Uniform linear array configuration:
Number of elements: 32
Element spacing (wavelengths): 0.5
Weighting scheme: kaiser
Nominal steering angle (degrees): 15
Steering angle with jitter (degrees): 13.424
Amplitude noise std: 0.05
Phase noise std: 0.05

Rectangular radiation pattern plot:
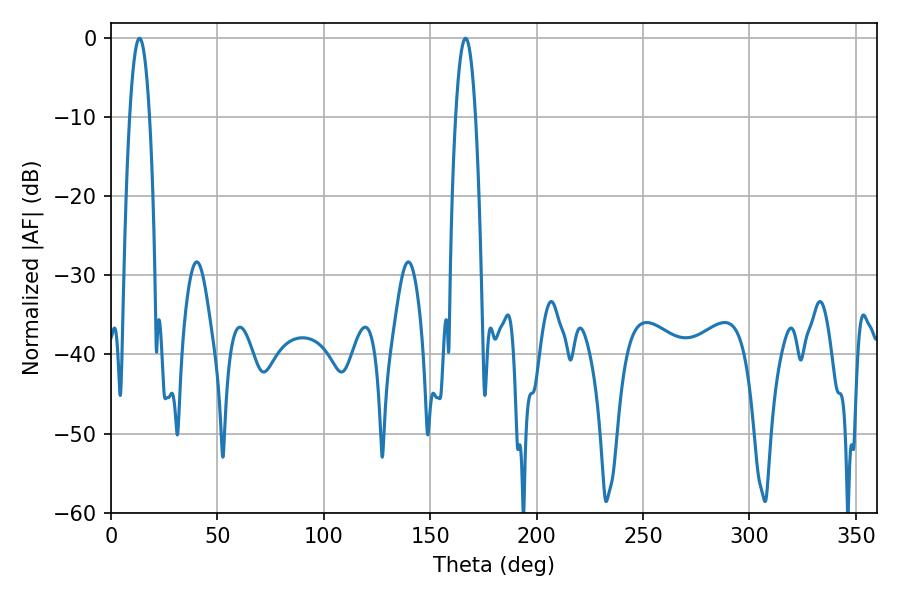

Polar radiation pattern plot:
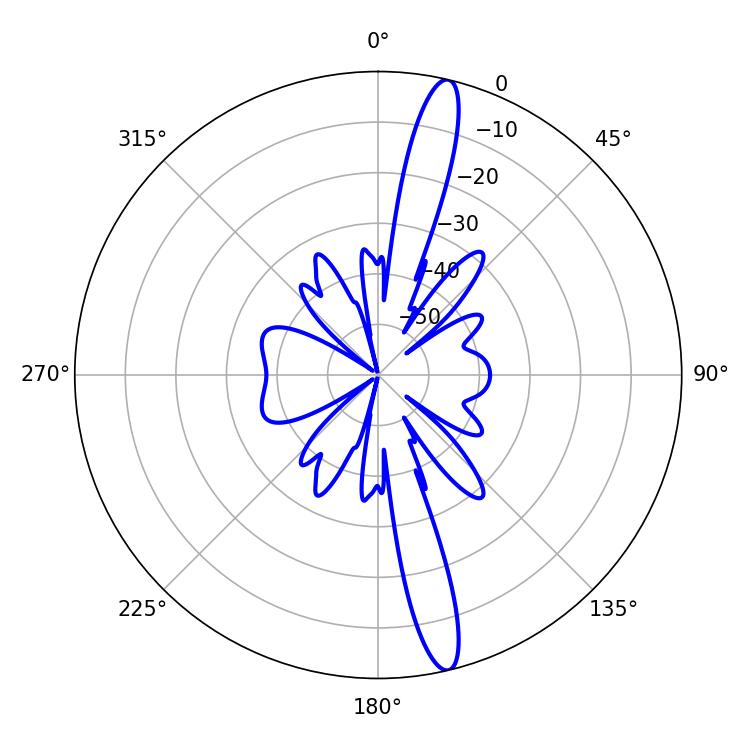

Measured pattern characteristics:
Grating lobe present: FALSE
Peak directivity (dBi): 16.465
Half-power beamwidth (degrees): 5.22
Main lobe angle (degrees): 13.32